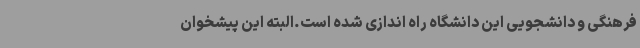
فرهنگی و دانشجویی این دانشگاه راه اندازی شده است.البته این پیشخوان